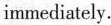
immediately.